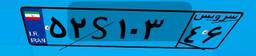
۹۷S۰۸۷۸۰